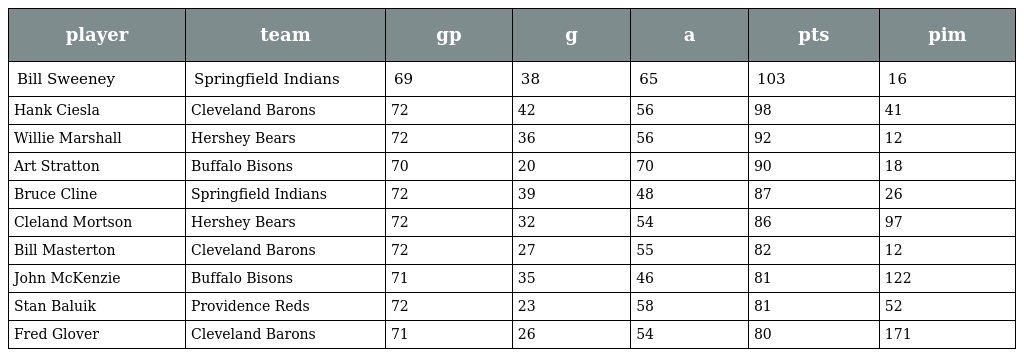
| player | team | gp | g | a | pts | pim |
 | --- | --- | --- | --- | --- | --- | --- |
 | Bill Sweeney | Springfield Indians | 69 | 38 | 65 | 103 | 16 |
 | Hank Ciesla | Cleveland Barons | 72 | 42 | 56 | 98 | 41 |
 | Willie Marshall | Hershey Bears | 72 | 36 | 56 | 92 | 12 |
 | Art Stratton | Buffalo Bisons | 70 | 20 | 70 | 90 | 18 |
 | Bruce Cline | Springfield Indians | 72 | 39 | 48 | 87 | 26 |
 | Cleland Mortson | Hershey Bears | 72 | 32 | 54 | 86 | 97 |
 | Bill Masterton | Cleveland Barons | 72 | 27 | 55 | 82 | 12 |
 | John McKenzie | Buffalo Bisons | 71 | 35 | 46 | 81 | 122 |
 | Stan Baluik | Providence Reds | 72 | 23 | 58 | 81 | 52 |
 | Fred Glover | Cleveland Barons | 71 | 26 | 54 | 80 | 171 |